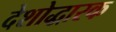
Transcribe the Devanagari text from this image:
देशोद्धारक